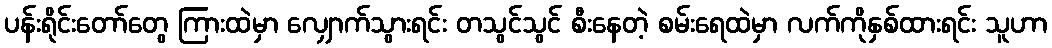
ပန်းရိုင်းတော်တွေ ကြားထဲမှာ လျှောက်သွားရင်း တသွင်သွင် စီးနေတဲ့ စမ်းရေထဲမှာ လက်ကိုနှစ်ထားရင်း သူဟာ